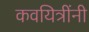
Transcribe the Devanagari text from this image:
कवयित्रींनी